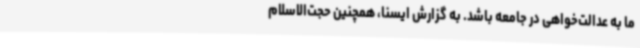
ما به عدالت‌خواهی در جامعه باشد. به گزارش ایسنا، همچنین حجت‌الاسلام